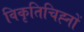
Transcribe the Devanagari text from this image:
विकृतिचिह्नों